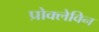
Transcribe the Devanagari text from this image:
प्रोक्लेविन